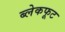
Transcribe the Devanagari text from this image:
ब्लेकफूट